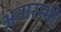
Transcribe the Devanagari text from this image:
अनारम्भो